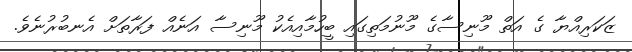
ޒަކަރިއްޔާ ގެ އަތް މޫނިސާގެ މޫނުމަތިގައި ބީހުމާއިއެކު މޫނިސާ އަނެއް ފަރާތަށް އެނބުރުނެވެ.